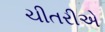
ચીતરીએ